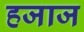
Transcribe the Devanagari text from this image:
हजाज